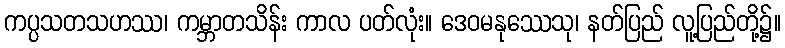
ကပ္ပသတသဟဿ၊ ကမ္ဘာတသိန်း ကာလ ပတ်လုံး။ ဒေဝမနုဿေသု၊ နတ်ပြည် လူ့ပြည်တို့၌။